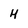
Character: H